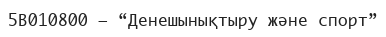
5В010800 – “Денешынықтыру және спорт”